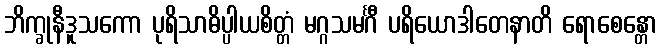
ဘိက္ခုနီဒူသကော ပုရိသာဓိပ္ပါယစိတ္တံ မဂ္ဂသမင်္ဂီ ပရိယောဒါတေနာတိ ရောစေန္တော